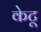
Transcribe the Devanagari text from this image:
केटू